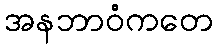
အနဘာဝံကတေ